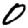
Digit: 0